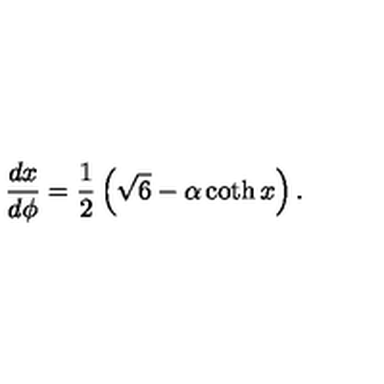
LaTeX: { \frac { d x } { d \phi } = \frac { 1 } { 2 } \left( \sqrt { 6 } - \alpha \coth x \right) . }